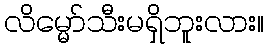
လိမ္မော်သီးမရှိဘူးလား။